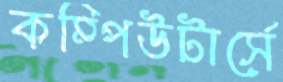
কম্পিউটার্সে